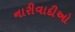
નારીવાદીઓ